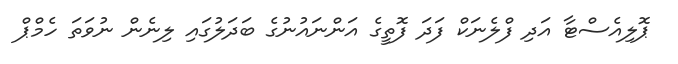
ޕޮލިއެސްޓާ އަދި ފްލެނަކް ފަދަ ފޮތީގެ އަންނައުނުގެ ބަދަލުގައި ލިނެން ނުވަތަ ހެމްޕް